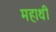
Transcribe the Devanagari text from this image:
महाथी